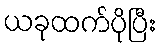
ယခုထက်ပိုပြီး